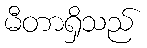
မီတာရှိသည်